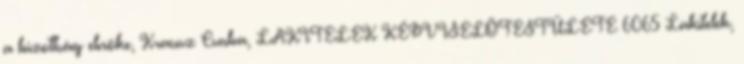
a bizottság elnöke, Krausz Csaba, LAKITELEK KÉPVISELŐTESTÜLETE 6065 Lakitelek,